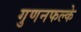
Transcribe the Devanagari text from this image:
गुणनफल्के